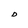
Character: D